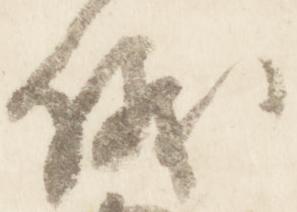
儀